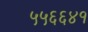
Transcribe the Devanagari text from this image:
५५६६४१